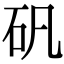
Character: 矾